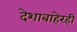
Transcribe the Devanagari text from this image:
देशाबाहेरही